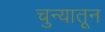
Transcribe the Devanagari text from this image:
चुन्यातून